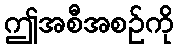
ဤအစီအစဉ်ကို